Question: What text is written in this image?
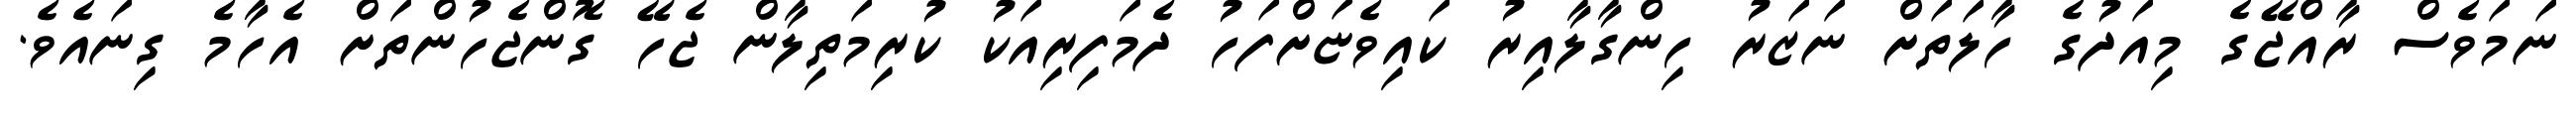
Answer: ނަމަވެސް ރާއްޖޭގެ މިއަދުގެ ހާލަތަށް ނަޒަރު ހިންގާލާއިރު ކައިވެޏަށްފަހު ދެމަފިރިއަކު ކުރިމަތިލާން ޖެހޭ ގޮންޖެހުންތަށް އެހާމެ ގިނައެވެ.